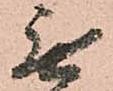
無